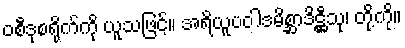
ဝစီဒုစရိုက်ကို ယူသဖြင့်။ အရိယူပဝါဒမိစ္ဆာဒိဋ္ဌီသု၊ တို့ကို။